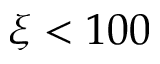
\xi < 1 0 0